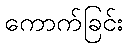
ကောက်ခြင်း